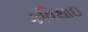
કવિથાઇ